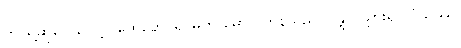
ဤသို့ဆိုလေလော့။ ထေရော၊ ရှင်မဟာမောဂ္ဂလာန်သည်။ ဂန္တွာ၊ သွား၍။ ဝံသဿ၊